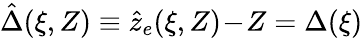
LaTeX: \hat{\Delta}(\xi,Z)\equiv\hat{z}_{e}(\xi,Z)\! -\! Z=\Delta(\xi)